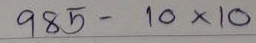
985 - 10 x 10